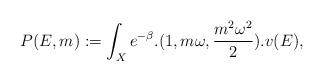
LaTeX: \begin{align*}P(E,m) := \int_X e^{-\beta} . (1,m\omega,\frac{m^2\omega^2}{2}) . v(E),\end{align*}